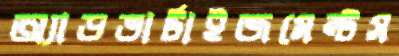
অ্যাডভার্টাইজমেন্টস